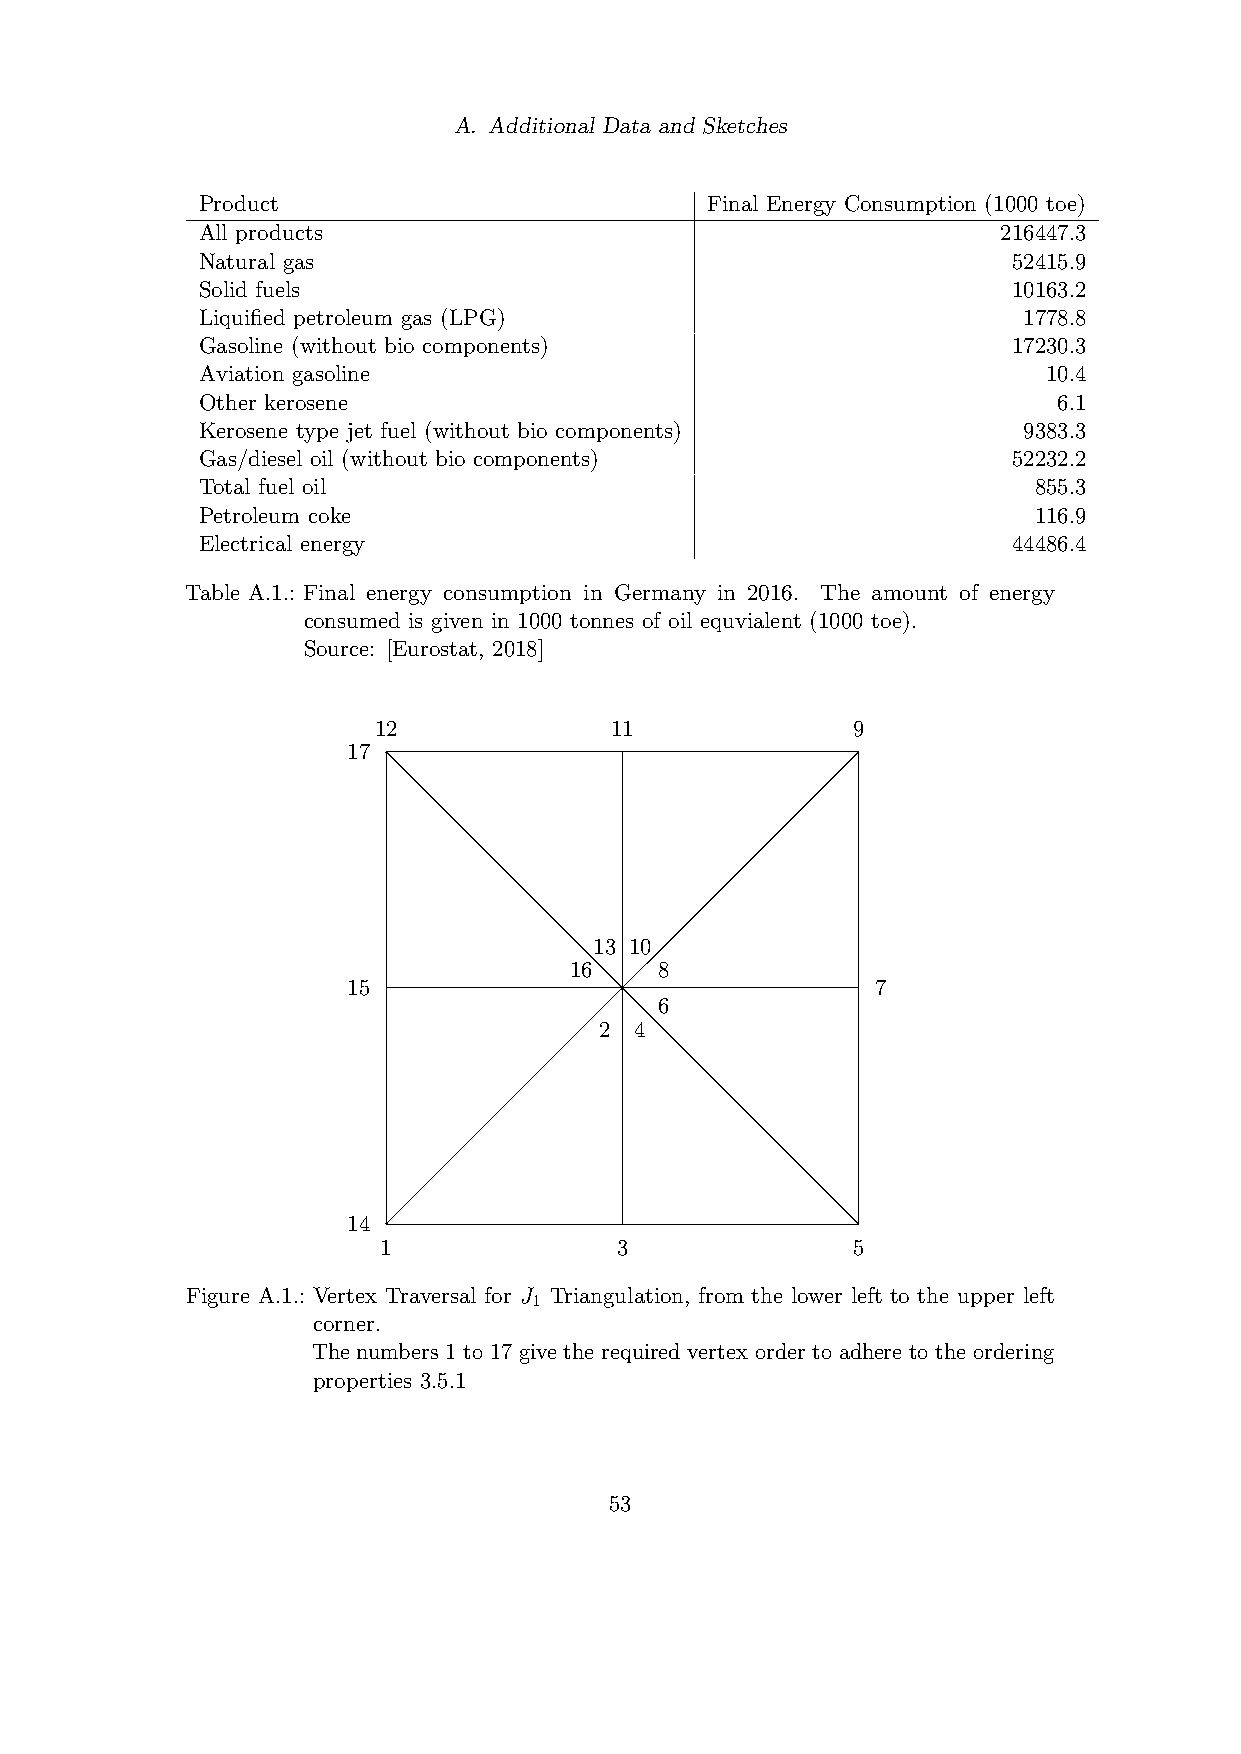
A. Additional Data and Sketches
 Product                           Final Energy Consumption (1000 toe)
 All products                                         216447.3
 Natural gas                                           52415.9
 Solid fuels                                           10163.2
 Liquified petroleum gas (LPG)                          1778.8
 Gasoline (without bio components)                     17230.3
 Aviation gasoline                                       10.4
 Other kerosene                                           6.1
 Kerosene type jet fuel (without bio components)        9383.3
 Gas/diesel oil (without bio components)               52232.2
 Total fuel oil                                         855.3
 Petroleum coke                                         116.9
 Electrical energy                                     44486.4
 Table A.1.: Final energy consumption in Germany in 2016. The amount of energy
 consumed is given in 1000 tonnes of oil equvialent (1000 toe).
 Source: [Eurostat, 2018]
 12             11              9
 17
 13 10
 16    8
 15                                 7
 6
 2 4
 14
 1               3              5
 Figure A.1.: Vertex Traversal for J Triangulation, from the lower left to the upper left
 1
 corner.
 The numbers 1 to 17 give the required vertex order to adhere to the ordering
 properties 3.5.1
 53